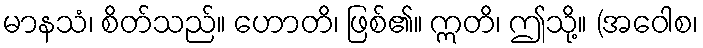
မာနသံ၊ စိတ်သည်။ ဟောတိ၊ ဖြစ်၏။ ဣတိ၊ ဤသို့။ (အဝေါစ၊